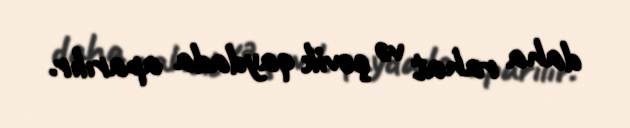
daha rahat və çevik qaydada aparılır.